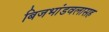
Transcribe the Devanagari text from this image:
बिजभांडवलासह